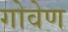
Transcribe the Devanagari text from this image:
गोवेण